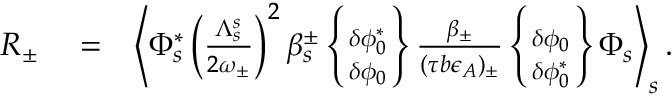
\begin{array} { r l r } { R _ { \pm } } & { { } = } & { \left\langle \Phi _ { s } ^ { * } \left( \frac { \Lambda _ { s } ^ { s } } { 2 \omega _ { \pm } } \right) ^ { 2 } \beta _ { s } ^ { \pm } \left\{ \delta \phi _ { 0 } ^ { * } \atop \delta \phi _ { 0 } \right\} \frac { \beta _ { \pm } } { ( \tau b \epsilon _ { A } ) _ { \pm } } \left\{ \delta \phi _ { 0 } \atop \delta \phi _ { 0 } ^ { * } \right\} \Phi _ { s } \right\rangle _ { s } . } \end{array}